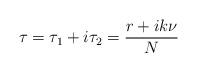
LaTeX: \begin{align*}\tau=\tau_1+i\tau_2= \frac{r+i k \nu}{N}\end{align*}